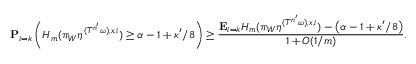
\mathbf P _ { i = k } \left( H _ { m } ( \pi _ { W } \eta ^ { ( { T ^ { n ^ { \prime } } \omega } ) , x , i } ) \geq \alpha - 1 + \kappa ^ { \prime } / 8 \right) \geq \frac { \mathbf E _ { i = k } H _ { m } ( \pi _ { W } \eta ^ { ( { T ^ { n ^ { \prime } } \omega } ) , x , i } ) - \left( \alpha - 1 + \kappa ^ { \prime } / 8 \right) } { 1 + O ( 1 / m ) } .